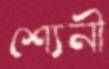
শ্যেনী